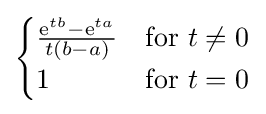
{\begin{cases}{\frac {\mathrm {e} ^{tb}-\mathrm {e} ^{ta}}{t(b-a)}}&{\text{for }}t\neq 0\\1&{\text{for }}t=0\end{cases}}